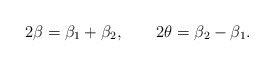
\begin{align*}2\beta=\beta_1+\beta_2,\qquad2\theta=\beta_2-\beta_1.\end{align*}